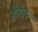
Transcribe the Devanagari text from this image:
आँग्लीकरण